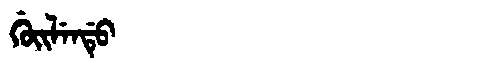
Manchu: ᡤᡠᡳᠯᡝᠨᡩᡠ
Romanization: GUILENDU